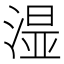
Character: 𣺯